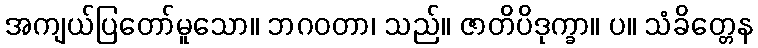
အကျယ်ပြတော်မူသော။ ဘဂဝတာ၊ သည်။ ဇာတိပိဒုက္ခာ။ ပ။ သံခိတ္တေန